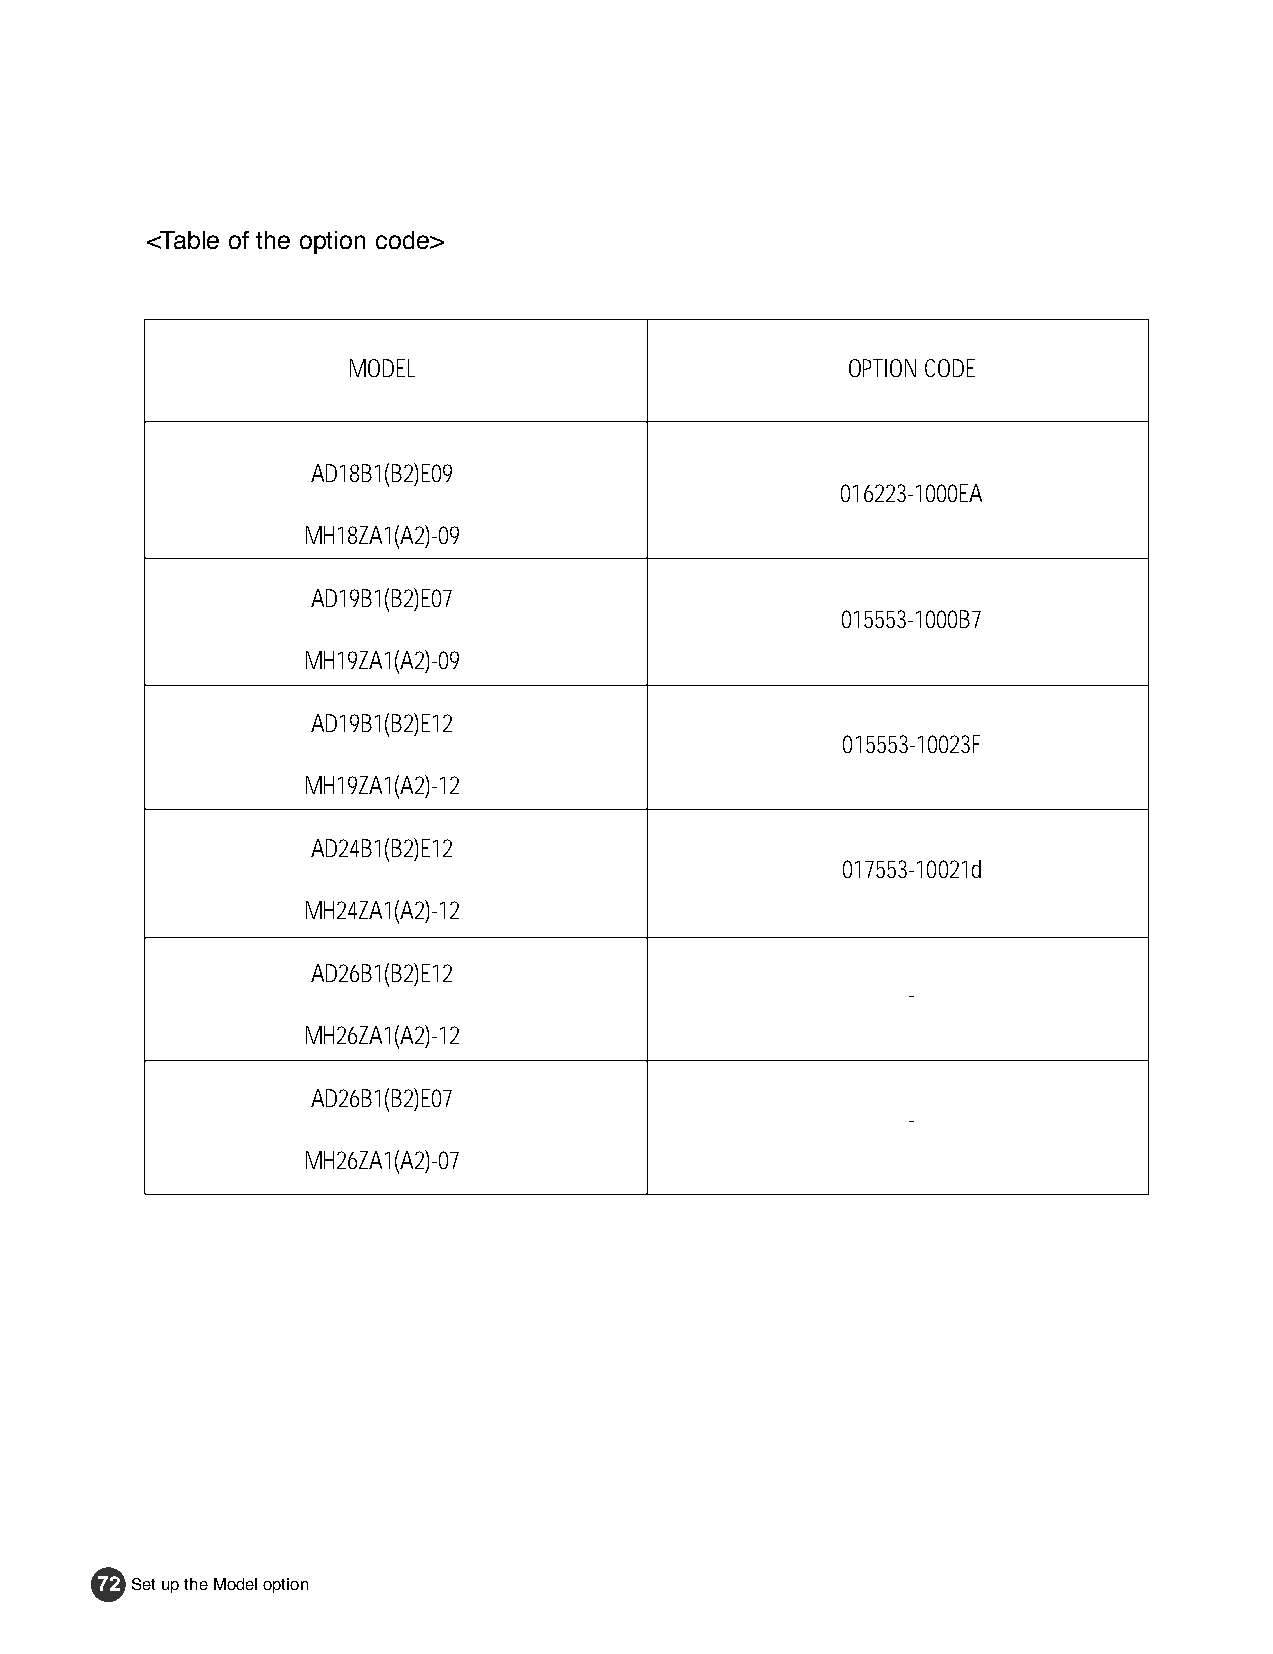
1~91 2/5/01 11:24 AM Page 72
 <Table of the option code>
 MODEL                            OPTION CODE
 AD18B1(B2)E09
 016223-1000EA
 MH18ZA1(A2)-09
 AD19B1(B2)E07
 015553-1000B7
 MH19ZA1(A2)-09
 AD19B1(B2)E12
 015553-10023F
 MH19ZA1(A2)-12
 AD24B1(B2)E12
 017553-10021d
 MH24ZA1(A2)-12
 AD26B1(B2)E12
 -
 MH26ZA1(A2)-12
 AD26B1(B2)E07
 -
 MH26ZA1(A2)-07
 72 Set up the Model option